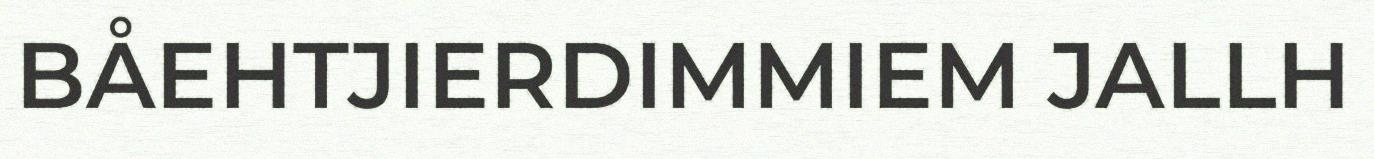
BÅEHTJIERDIMMIEM JALLH